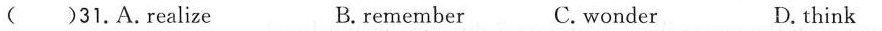
( )31.A.Realize B. remember C. Wonder D. think